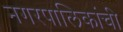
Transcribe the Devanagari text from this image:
नगरपालिकांची